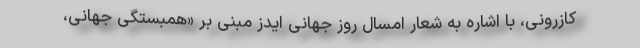
کازرونی، با اشاره به شعار امسال روز جهانی ایدز مبنی بر «همبستگی جهانی،